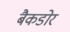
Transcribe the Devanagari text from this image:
बैकडोर